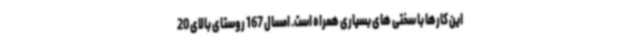
این کارها با سختی های بسیاری همراه است. امسال 167 روستای بالای 20